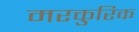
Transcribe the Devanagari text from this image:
मरकुरिक